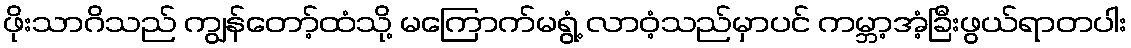
ဖိုးသာဂိသည် ကျွန်တော့်ထံသို့ မကြောက်မရွံ့ လာဝံ့သည်မှာပင် ကမ္ဘာ့အံ့ခြီးဖွယ်ရာတပါး